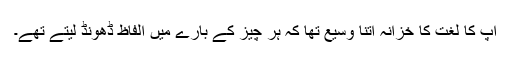
آپ کا لغت کا خزانہ اتنا وسیع تھا کہ ہر چیز کے بارے میں الفاظ ڈھونڈ لیتے تھے۔